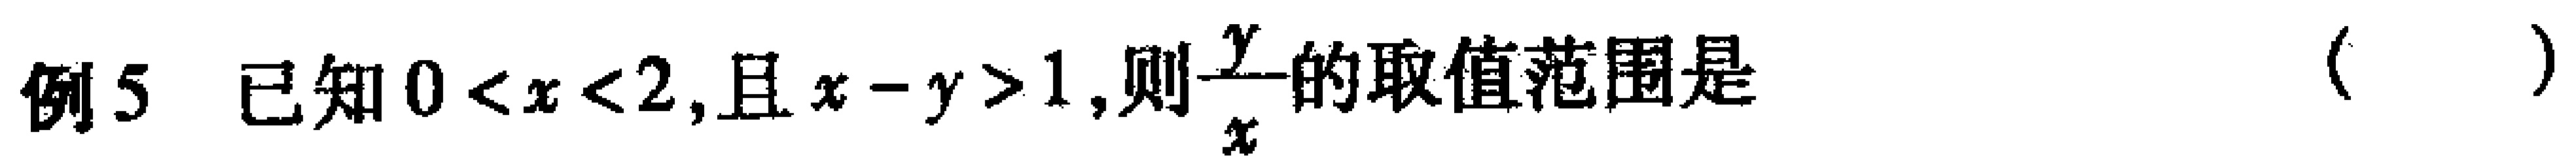
例5 已知\(0 < x < 2\)，且\(x - y > 1\)，则\(\frac{y}{x}\)的取值范围是（  ）